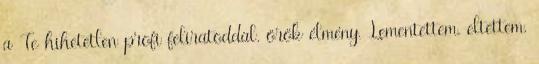
a Te hihetetlen profi feliratoddal. örök élmény. Lementettem, eltettem,